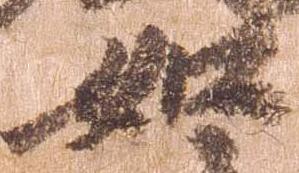
如